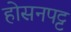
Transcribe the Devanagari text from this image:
होसनपट्ट